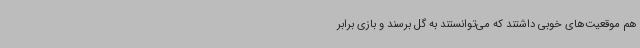
هم موقعیت‌های خوبی داشتند که می‌توانستند به گل برسند و بازی برابر